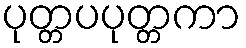
ပုတ္တပပုတ္တကာ